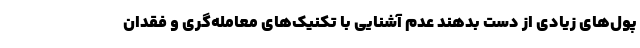
پول‌های زیادی از دست بدهند عدم آشنایی با تکنیک‌های معامله‌گری و فقدان